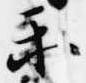
楽